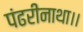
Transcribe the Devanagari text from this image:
पंढरीनाथा।।